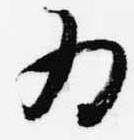
為